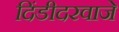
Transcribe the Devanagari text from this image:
दिंडीदरवाजे